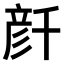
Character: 𠦳